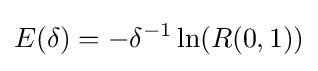
{\begin{aligned}E(\delta )=-\delta ^{-1}\ln(R(0,1))\end{aligned}}